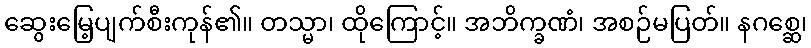
ဆွေးမြေ့ပျက်စီးကုန်၏။ တသ္မာ၊ ထိုကြောင့်။ အဘိက္ခဏံ၊ အစဉ်မပြတ်။ နဂစ္ဆေ၊